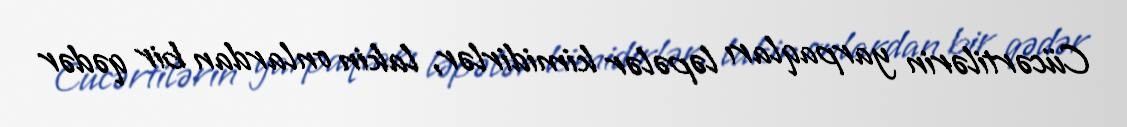
Cücərtilərin yarpaqları ləpələr kimidirlər, lakin onlardan bir qədər